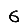
Digit: 6